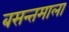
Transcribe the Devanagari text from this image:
बसन्तमाला